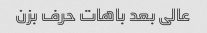
عالی بعد باهات حرف بزن